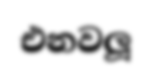
එනවලූ